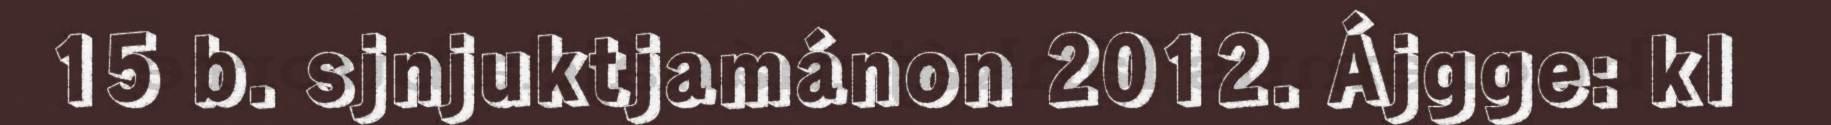
15 b. sjnjuktjamánon 2012. Ájgge: kl